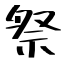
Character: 祭